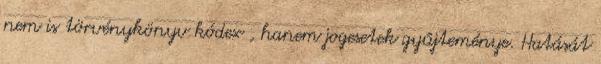
nem is törvénykönyv kódex , hanem jogesetek gyűjteménye. Hatását